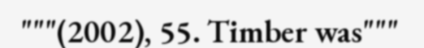
"""(2002), 55. Timber was"""